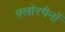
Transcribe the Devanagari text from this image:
फ़्लोरपैनों